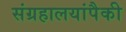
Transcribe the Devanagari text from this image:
संग्रहालयांपैकी